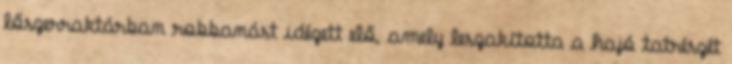
lőszerraktárban robbanást idézett elő, amely leszakította a hajó tatrészét